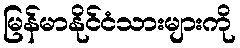
မြန်မာနိုင်ငံသားများကို